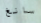
سانغ